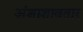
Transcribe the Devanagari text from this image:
अंशाशावतार